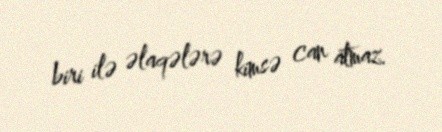
biri ilə əlaqələrə kimsə can atmaz.